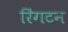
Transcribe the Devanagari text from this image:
रिंगटन